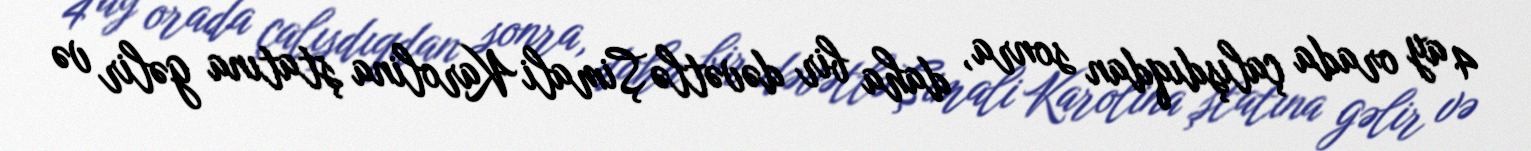
4 ay orada çalışdıqdan sonra, daha bir dəvətlə Şimali Karolina ştatına gəlir və